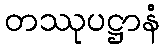
တဿုပဋ္ဌာနံ